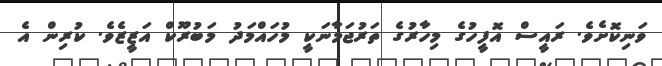
ވަނިކޮށެވެ. ރައީސް އޮފީހުގެ މިހާރުގެ ތަރުޖަމާނަކީ މުހައްމަދު މަބުރޫކް އަޒީޒެެވެ. ކުރިން އެ